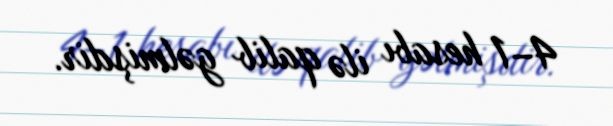
4–1 hesabı ilə qalib gəlmişdir.